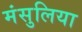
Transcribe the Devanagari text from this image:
मंसुलिया